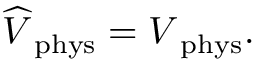
\widehat { \cal V } _ { \mathrm { \scriptsize ~ p h y s } } = { \cal V } _ { \mathrm { \scriptsize ~ p h y s } } .